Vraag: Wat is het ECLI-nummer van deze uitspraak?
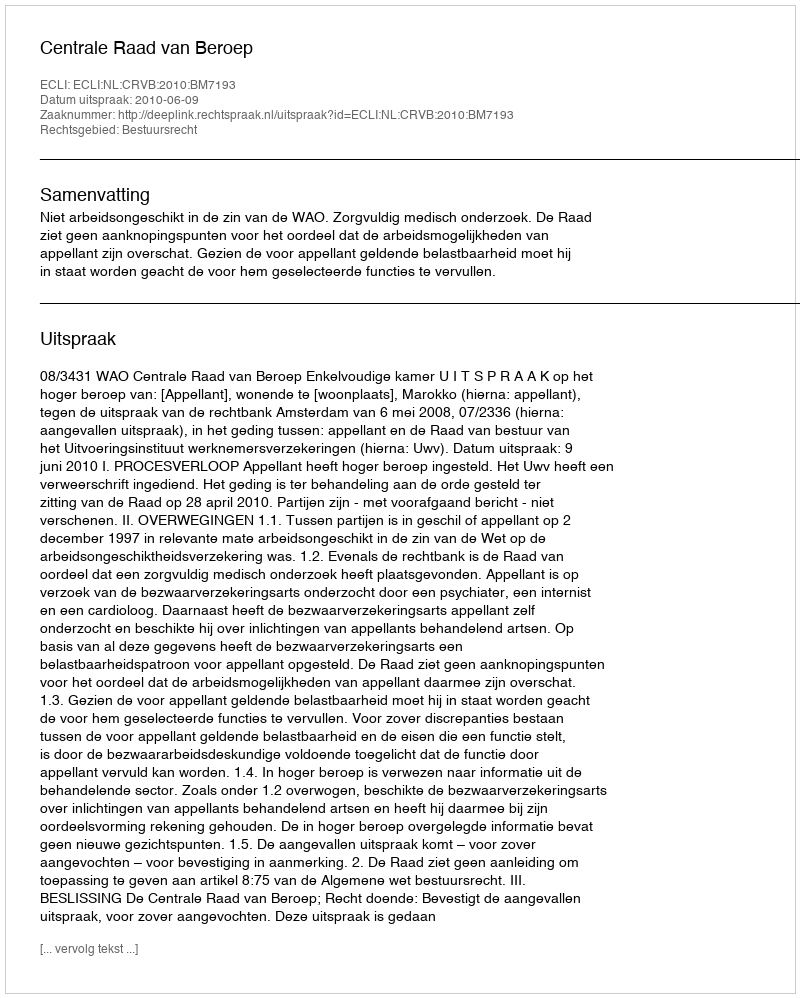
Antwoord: ECLI:NL:CRVB:2010:BM7193